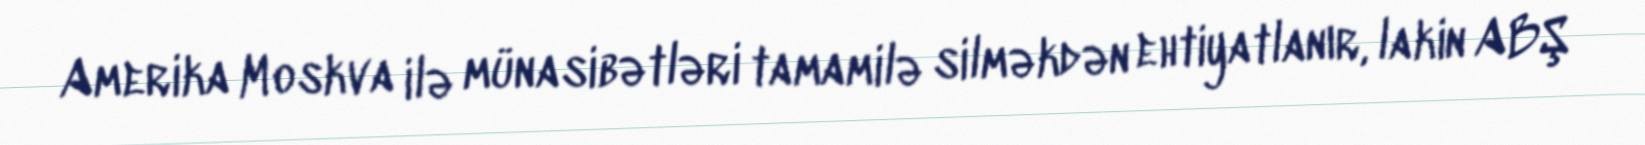
Amerika Moskva ilə münasibətləri tamamilə silməkdən ehtiyatlanır, lakin ABŞ